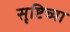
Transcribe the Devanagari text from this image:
सृष्टिच्या